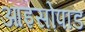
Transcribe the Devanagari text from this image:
आइसोपाड